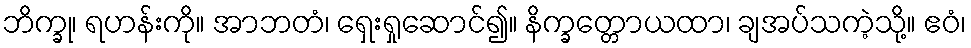
ဘိက္ခု၊ ရဟန်းကို။ အာဘတံ၊ ရှေးရှုဆောင်၍။ နိက္ခတ္တောယထာ၊ ချအပ်သကဲ့သို့။ ဧဝံ၊